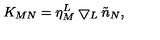
K _ { M N } = \eta _ { M } ^ { L } \bigtriangledown _ { L } \tilde { n } _ { N } ,